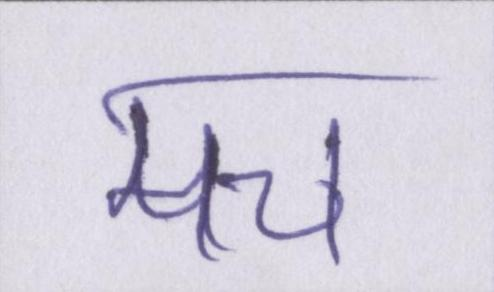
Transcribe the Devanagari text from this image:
मच